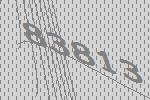
83813